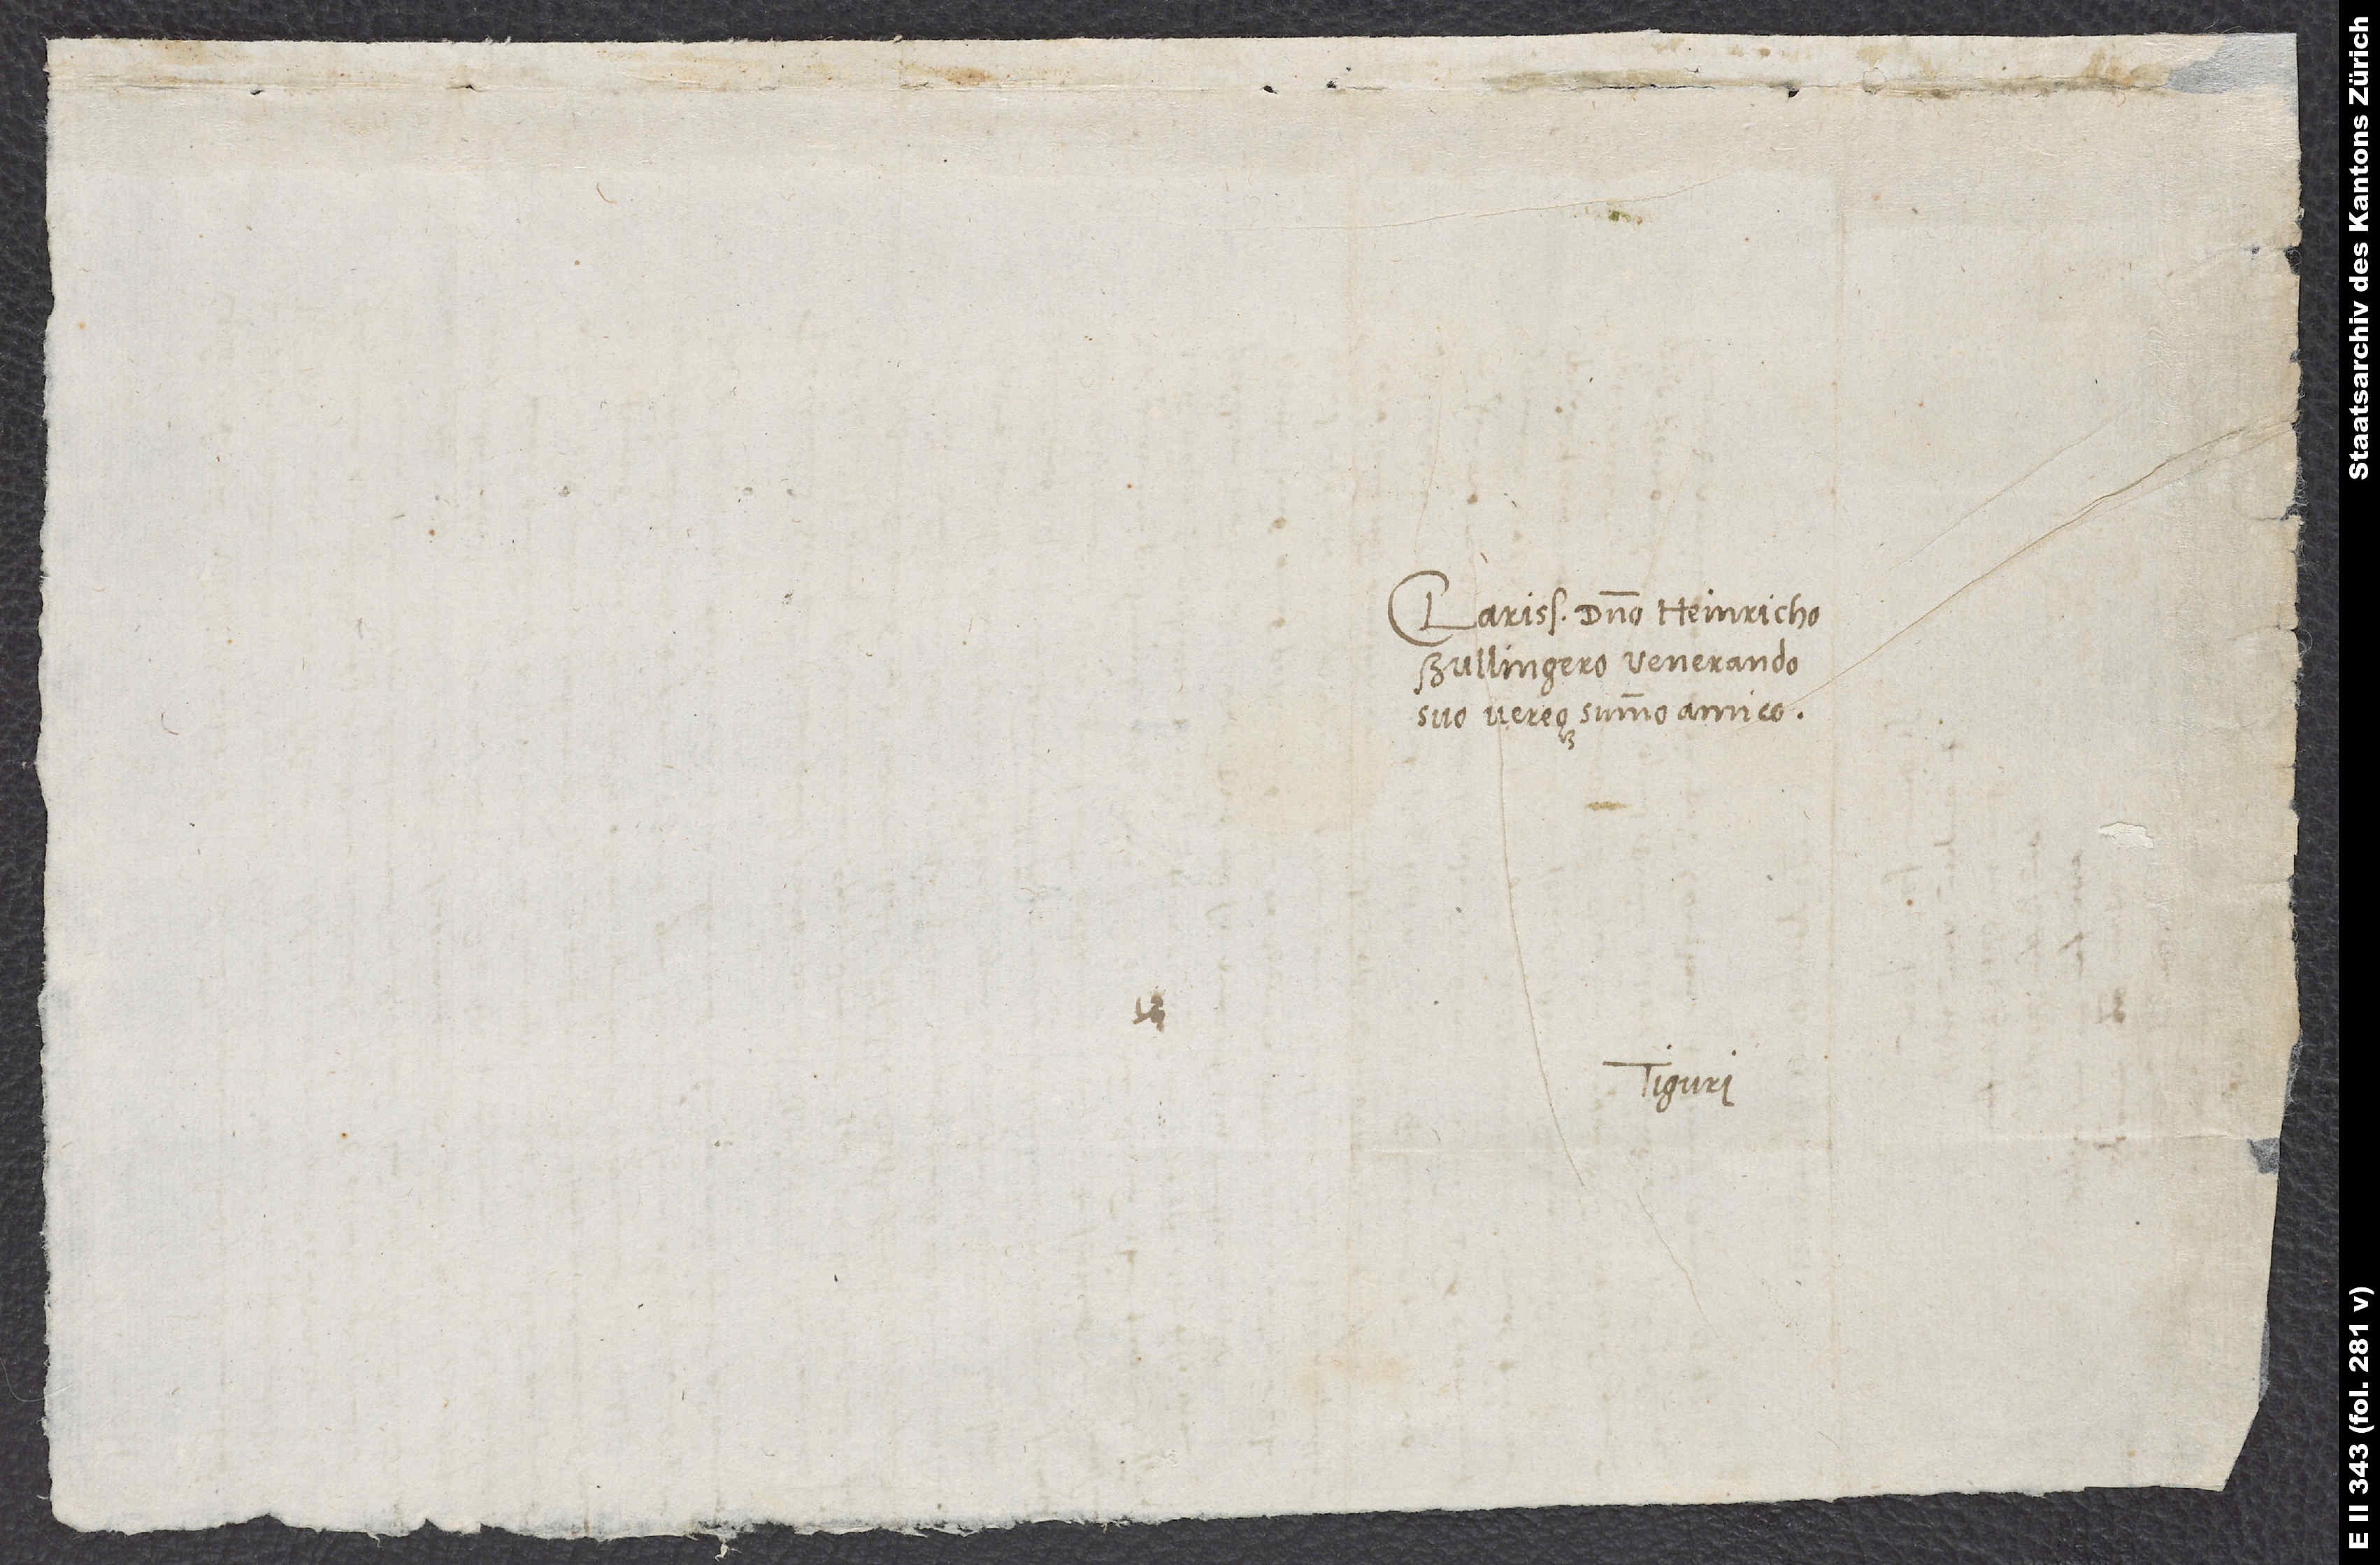
Clarissimo domino Heinricho
Bullingero, venerando
suo vereque summo amico.
Tiguri.